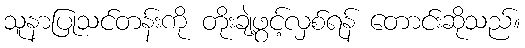
သူနာပြုသင်တန်းကို တိုးချဲ့ဖွင့်လှစ်ရန် တောင်းဆိုသည်။